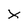
Character: x